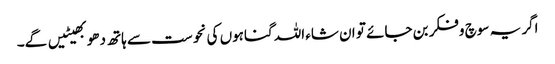
اگر یہ سوچ وفکر بن جائے تو ان شاء اللہ گناہوں کی نحوست سے ہاتھ دھو بھیٹیں گے۔